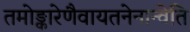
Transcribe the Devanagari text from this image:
तमोङ्कारेणैवायतनेनान्वेति